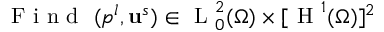
\mathrm { ~ F ~ i ~ n ~ d ~ } ~ ( p ^ { l } , \mathbf { u } ^ { s } ) \in \mathrm { ~ L ~ } _ { 0 } ^ { 2 } ( \Omega ) \times [ \mathrm { ~ H ~ } ^ { 1 } ( \Omega ) ] ^ { 2 }